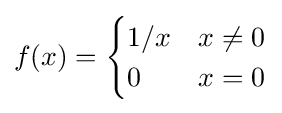
f(x)={\begin{cases}1/x&x\not =0\\0&x=0\end{cases}}